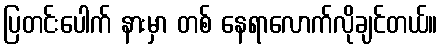
ပြတင်းပေါက် နားမှာ တစ် နေရာလောက်လိုချင်တယ်။